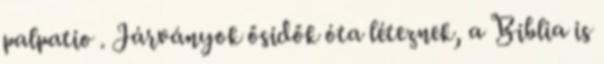
palpatio . Járványok ősidők óta léteznek, a Biblia is